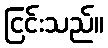
ငြင်းသည်။